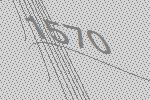
1570